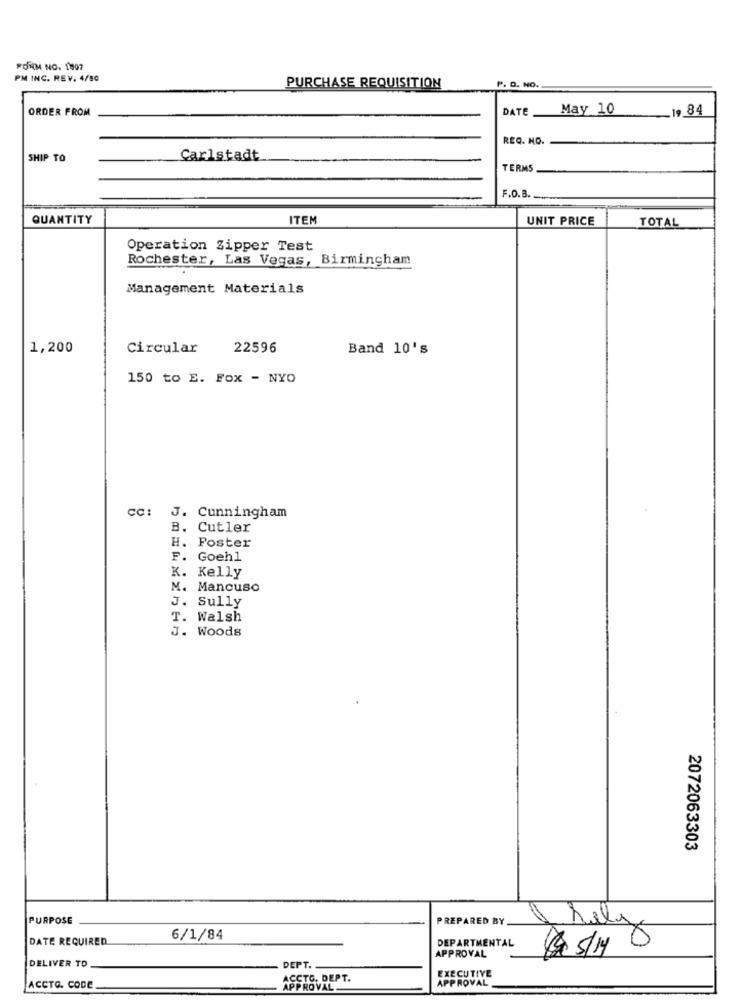
FONM NO. 107
PM INC. REV. 4/80
PURCHASE REQUISITION
P. D. NO.
ORDER FROM
DATE
May 10
.1984
REQ. NO.
SHIP TO
Carlstadt
TERMS
F.O.B.
QUANTITY
ITEM
UNIT PRICE
TOTAL
Operation Zipper Test
Rochester, Las Vegas, Birmingham
Management Materials
1,200
Circular
22596
Band 10's
150 to E. Fox - NYO
CC:
J. Cunningham
B. Cutler
H. Foster
F. Goehl
K. Kelly
M. Mancuso
J. Sully
T. Walsh
J. Woods
2072063303
PURPOSE
PREPARED BY
DATE REQUIRED
6/1/84
DEPARTMENTAL
$ 5/1 5
DELIVER TO
APPROVAL
DEPT.
EXECUTIVE
ACCTC, DEPT.
APPROVAL
ACCTG. CODE
APPROVAL